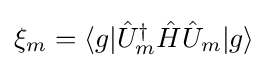
{\textstyle \xi _{m}=\langle g|{\hat {U}}_{m}^{\dagger }{\hat {H}}{\hat {U}}_{m}|g\rangle }